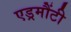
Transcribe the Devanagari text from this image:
एड्रमौंटी